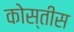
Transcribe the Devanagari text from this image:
कोस्तीस